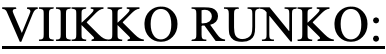
VIIKKO RUNKO: